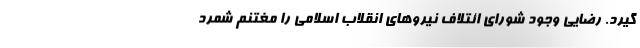
گیرد. رضایی وجود شورای ائتلاف نیروهای انقلاب اسلامی را مغتنم شمرد